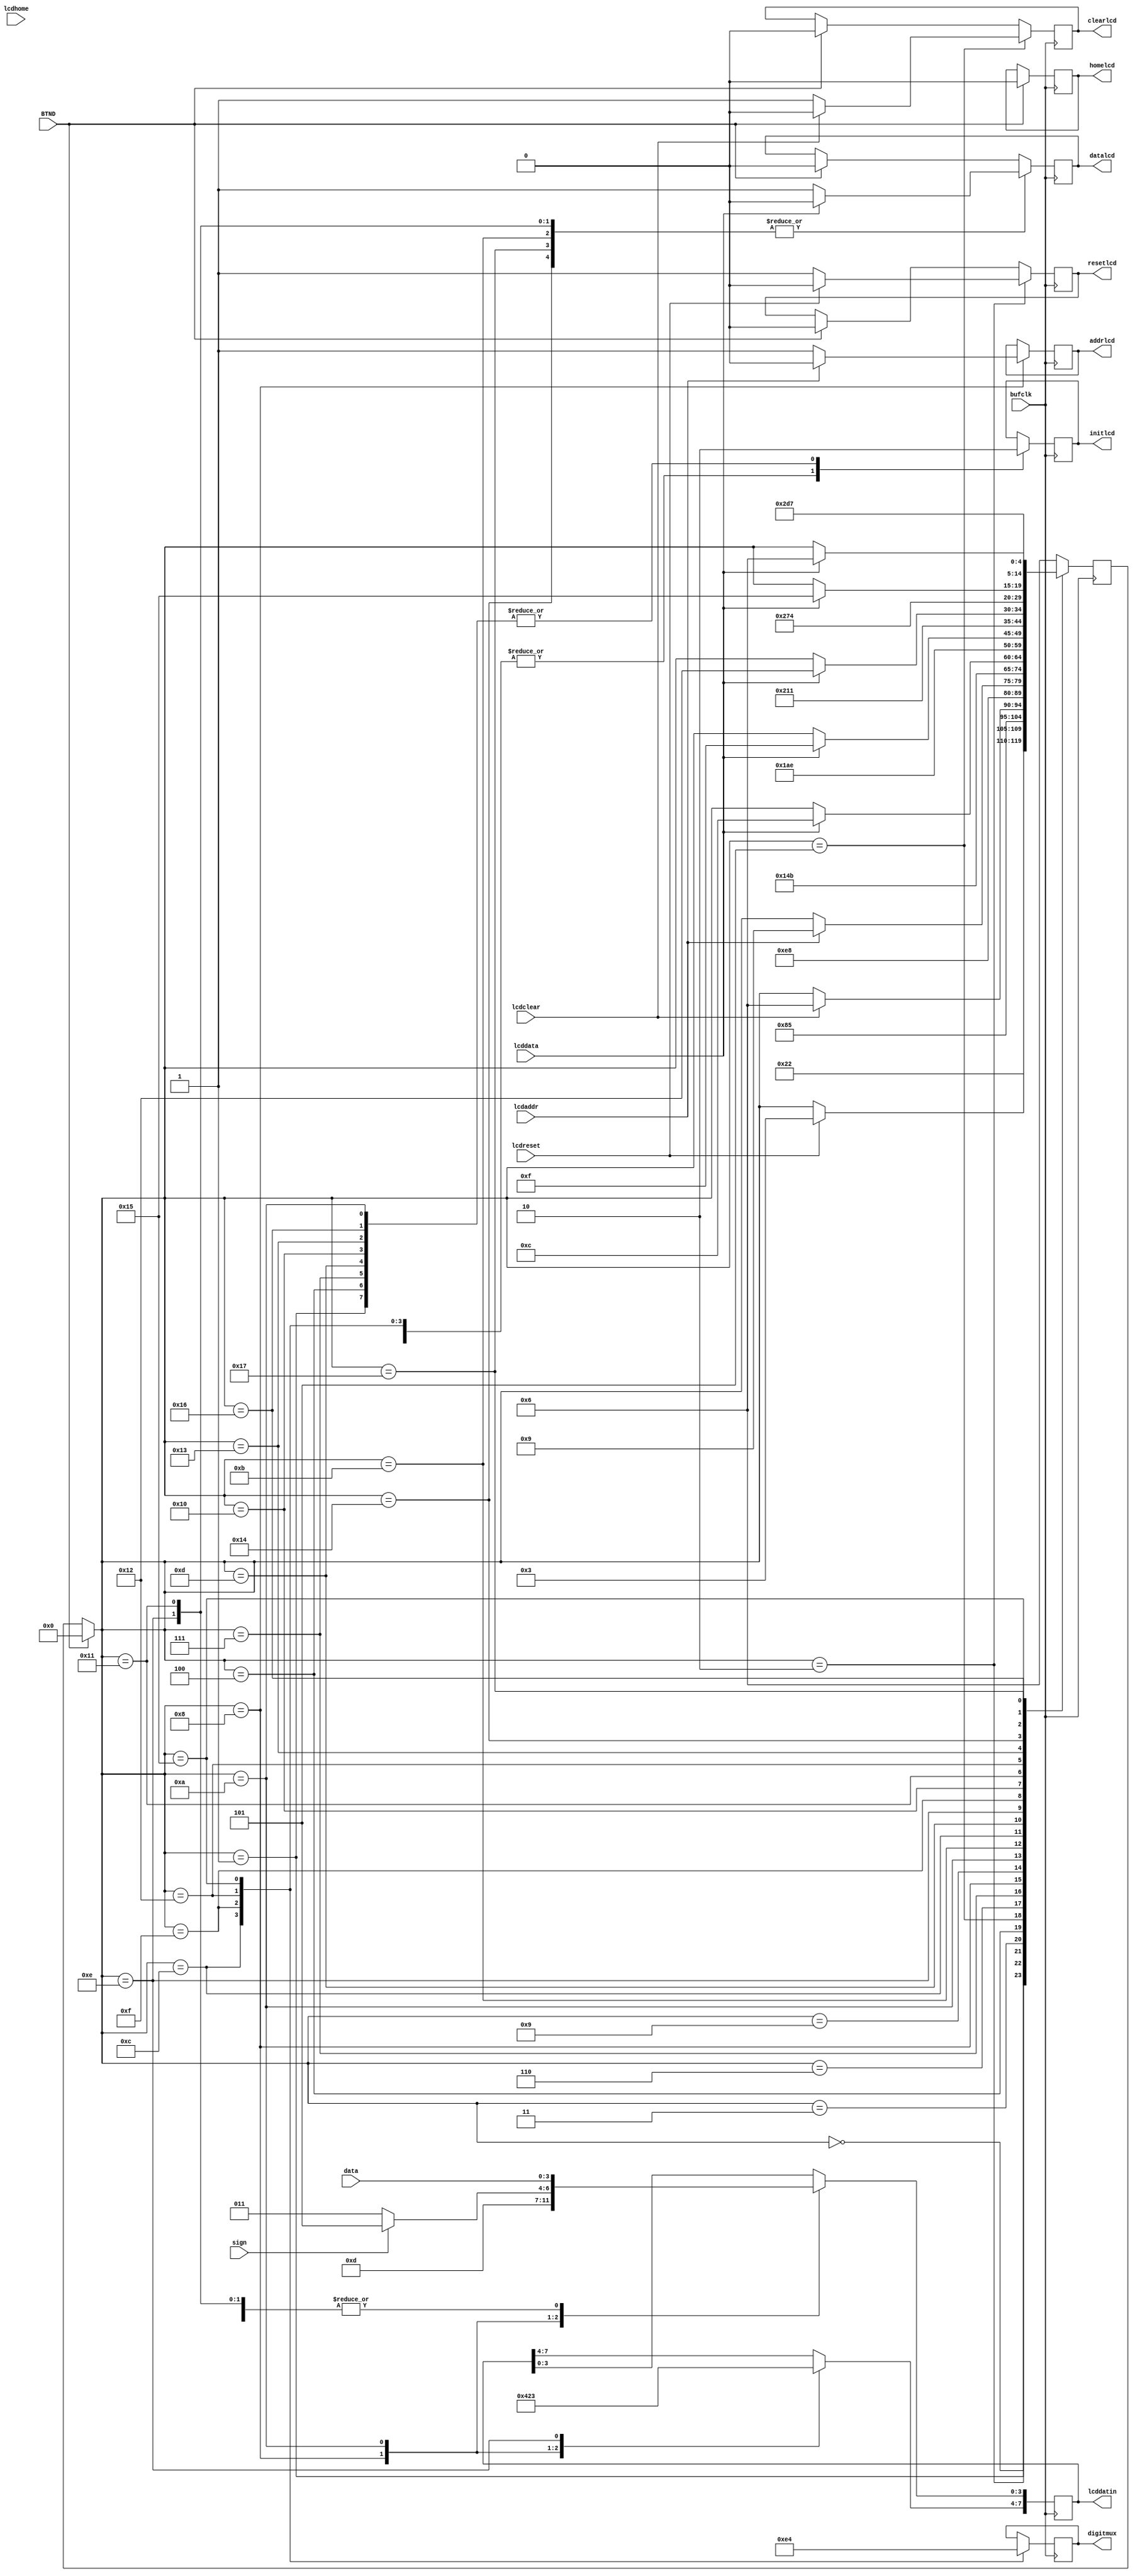
// Accelerometer acllcd.v
// c 2012 Embedded Design using Programmable Gate Arrays  Dennis Silage

module acllcd(input bufclk, BTND, output reg resetlcd,
					output reg clearlcd, output reg homelcd,
					output reg datalcd, output reg addrlcd,
					output reg initlcd, input lcdreset, lcdclear,
					input lcdhome, lcddata, lcdaddr,
					output reg [7:0] lcddatin, output reg [1:0] digitmux,
					input [3:0] data, input sign);
					
reg [4:0] gstate=0;		// state register

always@(posedge bufclk)
	begin
		if (BTND==1)
			begin
				resetlcd=0;
				clearlcd=0;
				homelcd=0;
				datalcd=0;
				gstate=0;
			end
			
		case (gstate)
			0: begin
					initlcd=1;
					gstate=1;
				end
			1:	begin
					initlcd=0;
					gstate=2;
				end
			2:	begin
					resetlcd=1;
					if (lcdreset==1)
						begin
						   resetlcd=0;
							gstate=3;
						end
				end
			3: begin
					initlcd=1;
					gstate=4;
				end
			4:	begin
					initlcd=0;
					gstate=5;
				end
			5: begin
					clearlcd=1;
					if (lcdclear==1)
						begin
							clearlcd=0;
							gstate=6;
						end
				end
			6: begin
					initlcd=1;
					gstate=7;
				end
			7:	begin
					initlcd=0;
					gstate=8;
				end
			8: begin		// DD RAM start address 46H
					lcddatin[7:0]=8'b01000110;
					addrlcd=1;
					if (lcdaddr==1)
						begin
							addrlcd=0;
							gstate=9;
						end
				end
			9: begin
					initlcd=1;
					gstate=10;
				end
			10:	begin
					initlcd=0;
					if (sign==1)
						lcddatin=45;
					else
						lcddatin=43;
					gstate=11;
				end
			11: begin
					datalcd=1;
					if (lcddata==1)
						begin
							datalcd=0;
							gstate=12;
						end
				end
			12:	begin
					digitmux=3;			// thousands digit
					initlcd=1;
					gstate=13;
				end
			13: begin
					initlcd=0;
					gstate=14;
				end
			14: begin
					lcddatin[7:4]=3;	// 30h
					lcddatin[3:0]=data[3:0];
					datalcd=1;
					if (lcddata==1)
						begin
							datalcd=0;
							gstate=15;
						end
				end
			15: begin
					digitmux=2;			// hundreds digit
					initlcd=1;
					gstate=16;
				end
			16: begin
					initlcd=0;
					gstate=17;
				end
			17: begin			
					lcddatin[3:0]=data[3:0];
					datalcd=1;
					if (lcddata==1)
						begin
							datalcd=0;
							gstate=18;
						end
				end
			18: begin
					digitmux=1;			// tens digit
					initlcd=1;
					gstate=19;
				end
			19: begin
					initlcd=0;
					gstate=20;
				end
			20: begin
					lcddatin[3:0]=data[3:0];
					datalcd=1;
					if (lcddata==1)
						begin
							datalcd=0;
							gstate=21;
						end
				end
			21: begin
					digitmux=0;			// units digit
					initlcd=1;
					gstate=22;
				end
			22: begin
					initlcd=0;
					gstate=23;
				end
			23: begin
					lcddatin[3:0]=data[3:0];
					datalcd=1;
					if (lcddata==1)
						begin
							datalcd=0;
							gstate=6;
						end
				end
			default: gstate=6;
		endcase

	end

endmodule